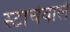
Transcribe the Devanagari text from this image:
स्टार्चवाले